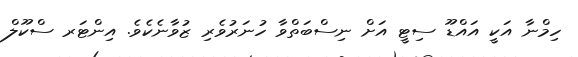
ހިމްނާ އަކީ އައްޑޫ ސިޓީ އަށް ނިސްބަތްވާ ހުނަރުވެރި ޒުވާނެކެވެ. އިންޓަރ ސްކޫލް